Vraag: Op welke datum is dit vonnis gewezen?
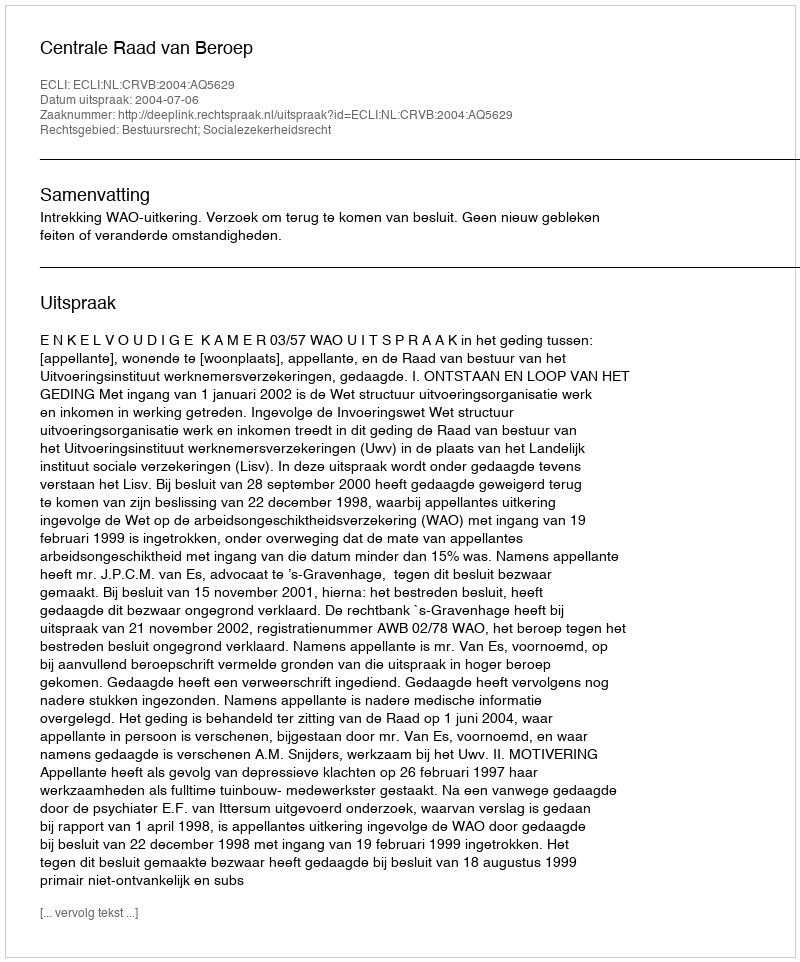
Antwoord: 2004-07-06